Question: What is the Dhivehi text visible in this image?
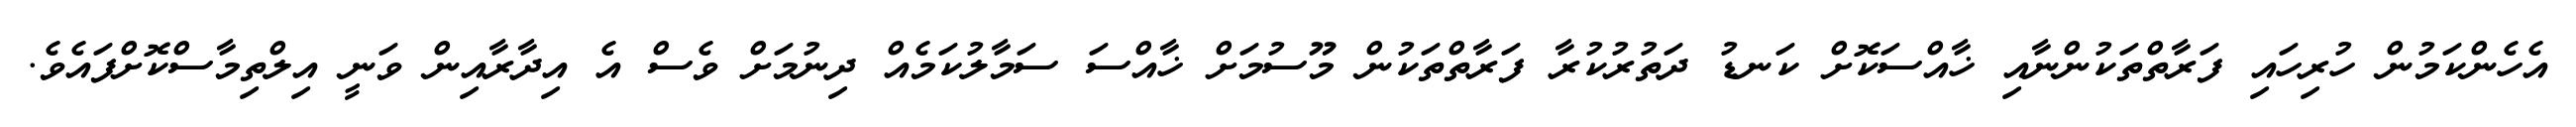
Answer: އެހެންކަމުން ހުރިހައި ފަރާތްތަކުންނާއި ޚާއްސަކޮށް ކަނޑު ދަތުރުކުރާ ފަރާތްތަކުން މޫސުމަށް ޚާއްސަ ސަމާލުކަމެއް ދިނުމަށް ވެސް އެ އިދާރާއިން ވަނީ އިލްތިމާސްކޮށްފައެވެ.